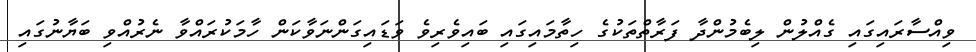
ވިއްސާރައިގައި ގެއްލުން ލިބެމުންދާ ފަރާތްތަކުގެ ހިތާމައިގައި ބައިވެރިވެ ވަޑައިގަންނަވާކަން ހާމަކުރައްވާ ނެރުއްވި ބަޔާނުގައި